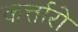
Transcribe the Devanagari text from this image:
कर्त्तारो